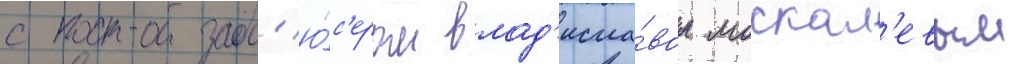
с прод'ю́с'ером влад'исла́вом москал'евым